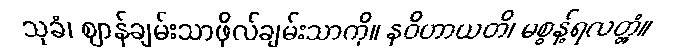
သုခံ၊ ဈာန်ချမ်းသာဖိုလ်ချမ်းသာကို။ နဝိဟာယတိ၊ မစွန့်ရလတ္တံ့။